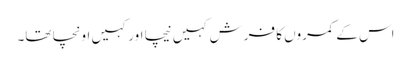
اس کے کمروں کا فرش کہیں نیچا اور کہیں اونچا تھا۔